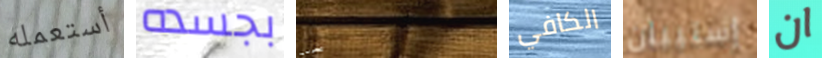
أستعمله بجسده الموسيقية الكافي إستيبان ان